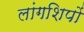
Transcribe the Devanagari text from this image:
लांगशिपों